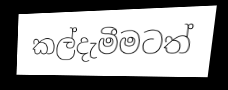
කල්දැමීමටත්